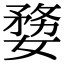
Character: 㜈